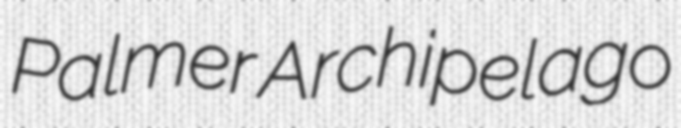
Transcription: Palmer Archipelago